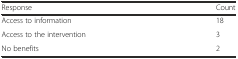
<table><thead><tr><td><b>Response</b></td><td><b>Count</b></td></tr></thead><tbody><tr><td>Access to information</td><td>18</td></tr><tr><td>Access to the intervention</td><td>3</td></tr><tr><td>No benefits</td><td>2</td></tr></tbody></table>